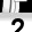
Digit: 2